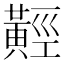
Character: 𪏅